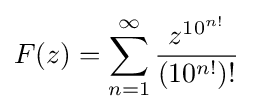
F(z)=\sum _{n=1}^{\infty }{\frac {z^{10^{n!}}}{(10^{n!})!}}